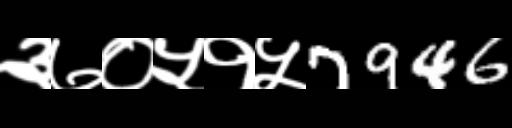
Text: ३७०५१५7946